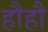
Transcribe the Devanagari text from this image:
हौहौ